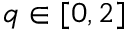
q \in [ 0 , 2 ]